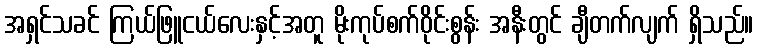
အရှင်သခင် ကြယ်ဖြူငယ်လေးနှင့်အတူ မိုးကုပ်စက်ဝိုင်းစွန်း အနီးတွင် ချီတက်လျက် ရှိသည်။